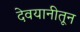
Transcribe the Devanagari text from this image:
देवयानीतून